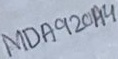
Text: MDA920A4